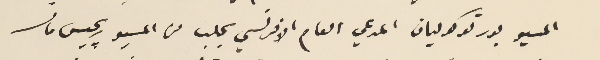
المسيو بورتوكوليان المدعي العام الافرنسي بحلب من المسيو ريجيس مانسه